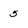
Character: 5